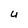
Character: U